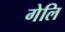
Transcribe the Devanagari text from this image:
गेलि